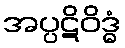
အပ္ပဋိဝိဒ္ဓံ